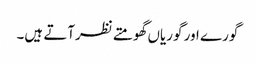
گورے اور گوریاں گھومتے نظرآتے ہیں۔